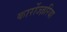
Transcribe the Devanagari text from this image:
कार्रोज्ज़रिया